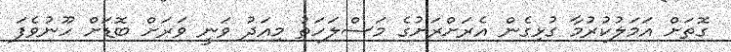
ގޮތަށް އަމަލުކުރުމާ ގުޅިގެން އެރަށްރަށުގެ މަސްލަހަތު މިއަދު ވަނީ ވަރަށް ބޮޑަށް ހޫނުވެފަ